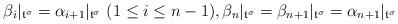
LaTeX: \begin{align*}\beta_i|_{\frak{t}^\sigma} =\alpha_{i+1}|_{\frak{t}^\sigma}\ (1\leq i\leq n-1),\beta_n|_{\frak{t}^\sigma}=\beta_{n+1}|_{\frak{t}^\sigma} =\alpha_{n+1}|_{\frak{t}^\sigma}\end{align*}